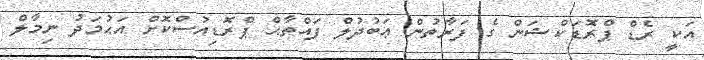
އަކީ ރެޑް ޕްރޮޑަކްޝަން ގެ ފަރާތުން ޢަބުދުލް ފައްތާޙް ޕްރޮޑިއުސްކޮށް އަޙުމަދު ނިމާލް